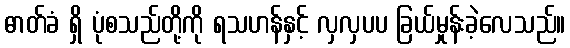
ဓာတ်ခံ ရှိ ပုံစသည်တို့ကို ရသဟန်နှင့် လှလှပပ ခြယ်မှုန်းခဲ့လေသည်။